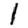
Digit: 1